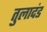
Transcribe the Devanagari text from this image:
तुलादंड